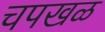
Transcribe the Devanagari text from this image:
चपखळ